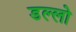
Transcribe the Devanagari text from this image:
डल्लो